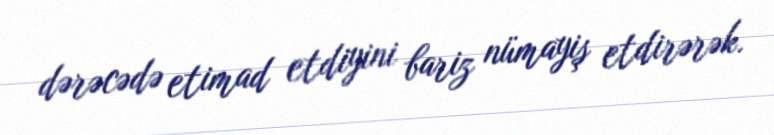
dərəcədə etimad etdiyini bariz nümayiş etdirərək.